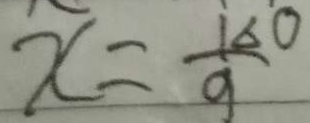
x = \frac { 1 6 0 } { 9 }